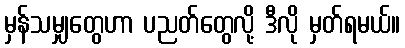
မှန်သမျှတွေဟာ ပညတ်တွေလို့ ဒီလို မှတ်ရမယ်။